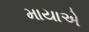
માયાએ